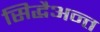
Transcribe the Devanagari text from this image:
सिद्धैअन्त